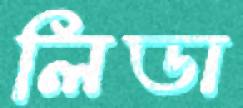
লিডা